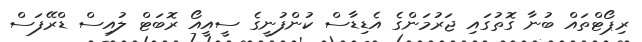
ރިޕޯޓްތައް ބުނާ ގޮތުގައި ޖަރުމަންގެ އެޑިޑާސް ކުންފުނީގެ ސީއީއޯ ރޮބަޓް ލުއިސް ޑްރޭފަސް